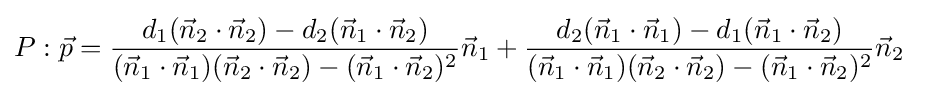
P:{\vec {p}}={\frac {d_{1}({\vec {n}}_{2}\cdot {\vec {n}}_{2})-d_{2}({\vec {n}}_{1}\cdot {\vec {n}}_{2})}{({\vec {n}}_{1}\cdot {\vec {n}}_{1})({\vec {n}}_{2}\cdot {\vec {n}}_{2})-({\vec {n}}_{1}\cdot {\vec {n}}_{2})^{2}}}{\vec {n}}_{1}+{\frac {d_{2}({\vec {n}}_{1}\cdot {\vec {n}}_{1})-d_{1}({\vec {n}}_{1}\cdot {\vec {n}}_{2})}{({\vec {n}}_{1}\cdot {\vec {n}}_{1})({\vec {n}}_{2}\cdot {\vec {n}}_{2})-({\vec {n}}_{1}\cdot {\vec {n}}_{2})^{2}}}{\vec {n}}_{2}\